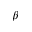
\beta